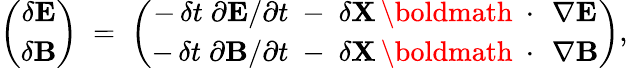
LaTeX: \left(\begin{array}{c}{\delta{\mathbf E}}\\ {\delta{\mathbf B}}\end{array}\right)\; =\; \left(\begin{array}{c}{-\, \delta t\; \partial{\mathbf E}/\partial t\; -\; \delta{\mathbf X}\, \mathrm{\boldmath~\cdot~}\, \nabla{\mathbf E}}\\ {-\, \delta t\; \partial{\mathbf B}/\partial t\; -\; \delta{\mathbf X}\, \mathrm{\boldmath~\cdot~}\, \nabla{\mathbf B}}\end{array}\right),